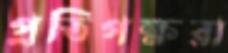
প্রতিপক্ষরা